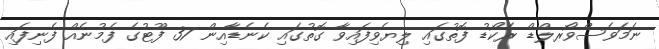
ނަމަވެސްވޯރލްޑް ރެކޯޑު ފޮތުގައި ލިޔެވިފައިވާ ގޮތުގައި ކެނެޑާއިން 37 ފޫޓުގެ ފެމުނެއް ފެނިފައި